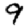
Digit: 9